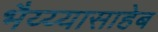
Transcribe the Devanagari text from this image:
भैय्य्यासाहेब